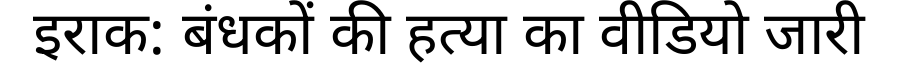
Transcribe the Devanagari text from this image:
इराक: बंधकों की हत्या का वीडियो जारी